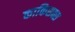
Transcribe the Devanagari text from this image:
काकिसक्स